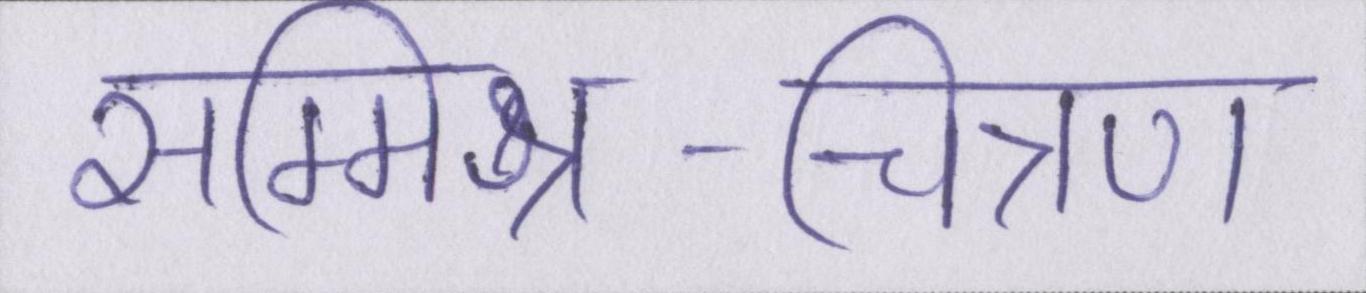
सम्मिश्र-चित्रण